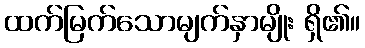
ထက်မြက်သောမျက်နှာမျိုး ရှိ၏။